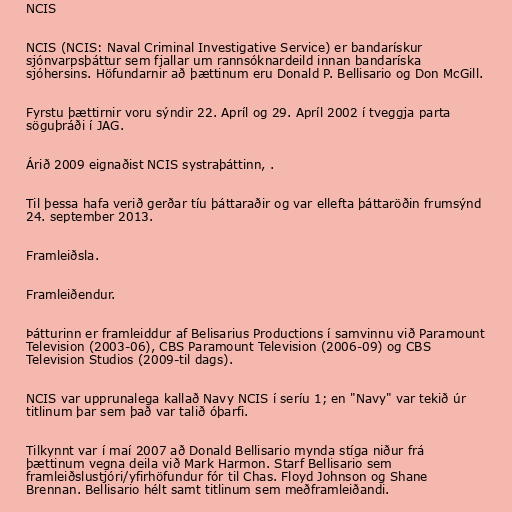
NCIS

NCIS (NCIS: Naval Criminal Investigative Service) er bandarískur
sjónvarpsþáttur sem fjallar um rannsóknardeild innan bandaríska
sjóhersins. Höfundarnir að þættinum eru Donald P. Bellisario og Don McGill.

Fyrstu þættirnir voru sýndir 22. Apríl og 29. Apríl 2002 í tveggja parta
söguþráði í JAG.

Árið 2009 eignaðist NCIS systraþáttinn, .

Til þessa hafa verið gerðar tíu þáttaraðir og var ellefta þáttaröðin frumsýnd
24. september 2013.

Framleiðsla.

Framleiðendur.

Þátturinn er framleiddur af Belisarius Productions í samvinnu við Paramount
Television (2003-06), CBS Paramount Television (2006-09) og CBS
Television Studios (2009-til dags).

NCIS var upprunalega kallað Navy NCIS í seríu 1; en "Navy" var tekið úr
titlinum þar sem það var talið óþarfi.

Tilkynnt var í maí 2007 að Donald Bellisario mynda stíga niður frá
þættinum vegna deila við Mark Harmon. Starf Bellisario sem
framleiðslustjóri/yfirhöfundur fór til Chas. Floyd Johnson og Shane
Brennan. Bellisario hélt samt titlinum sem meðframleiðandi.